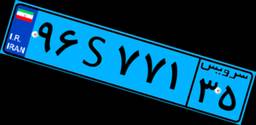
۴۶S۲۵۷۷۵